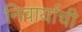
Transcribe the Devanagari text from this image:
निवार्याची